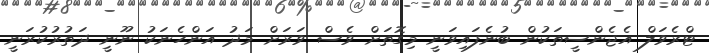
ޓްރެވަލް އެޖެންސީތަކުން ބުނެފައިވަނީ މިގޮތަށް ވެސް ވަރަށް މަދު އަންހެނަކު ނޫނީ ދަތުރުކުރަނީ